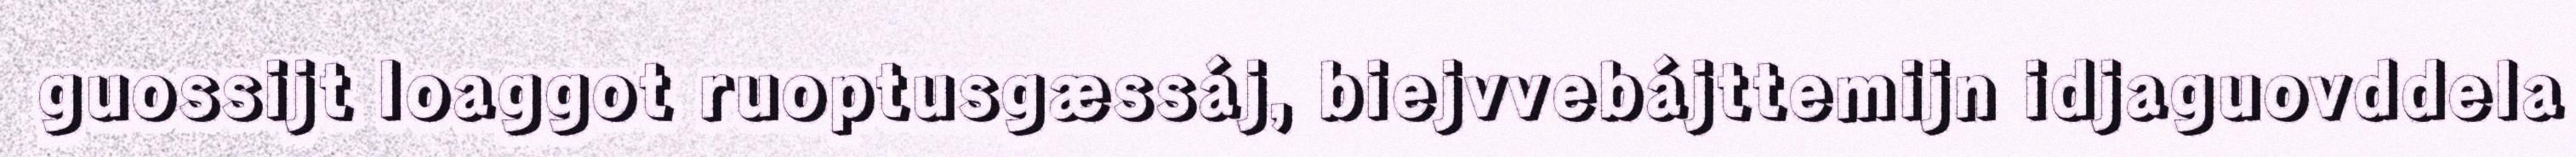
guossijt loaggot ruoptusgæssáj, biejvvebájttemijn idjaguovddela